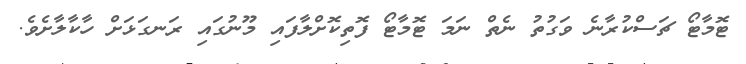
ޓޮމާޓޯ ޗަސްކުރާނެ ވަގުތު ނެތް ނަމަ ޓޮމާޓޯ ފޮތިކޮށްލާފައި މޫނުގައި ރަނގަޅަށް ހާކާލާށެވެ.